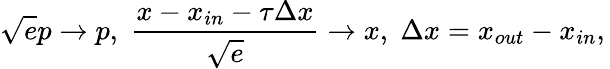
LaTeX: {\sqrt{e}}p\rightarrow p,\; \frac{x-x_{in}-\tau{\Delta x}}{\sqrt e}\rightarrow x,\; {\Delta x}=x_{out}-x_{in},\,